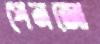
পেনজো